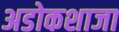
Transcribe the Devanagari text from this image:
अडोकशाजा